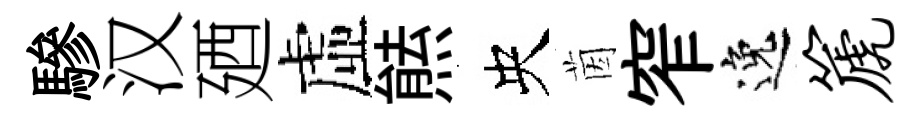
驂汉廼虛㷱央茵窄逸篪